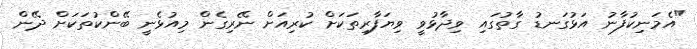
"އެމަނިކުފާނު އަޅުގަނޑު ގާތުގައި ވިދާޅުވީ ވިޔަފާރިތަކަށް ކުރިއަށް ނޭރިގެން މިއުޅެނީ ބޭންކުތަކަށް ދޭން